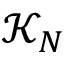
\mathcal { K } _ { N }